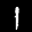
Label: 1